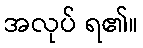
အလုပ် ရ၏။